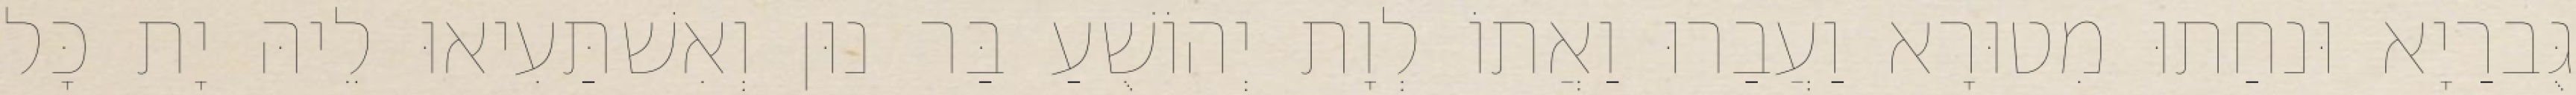
גֻּברַיָא וּנחַתוּ מִטוּרָא וַעֲבַרוּ וַאֲתוֹ לְוָת יְהוֹשֻׁעַ בַּר נוּן וְאִשׁתַּעִיאוּ לֵיהּ יָת כָּל